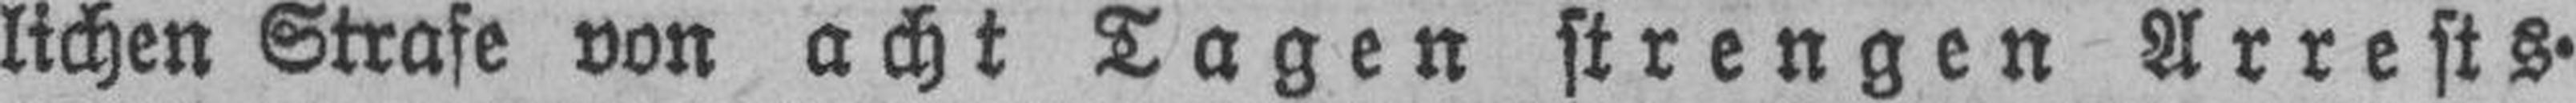
lichen Strafe von acht Tagen strengen Arrests.